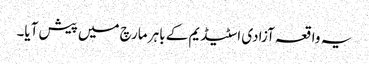
یہ واقعہ آزادی اسٹیڈیم کے باہر مارچ میں پیش آیا۔